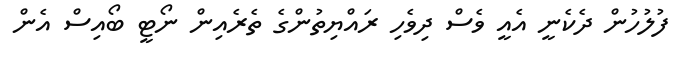
ފުލުހުން ދެކެނީ އެއީ ވެސް ދިވެހި ރައްޔިތުންގެ ތެރެއިން ނޯޓީ ބޯއިސް އެން